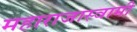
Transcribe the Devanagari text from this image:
महाराजास्‍वामी